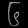
Digit: ၆